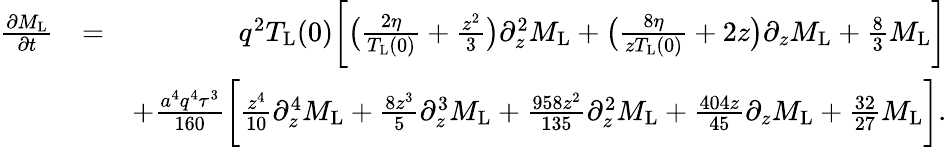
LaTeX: \begin{array}{rlr}{\frac{\partial M_{\mathrm{L}}}{\partial t}}&{=}&{q^{2}T_{\mathrm{L}}(0)\bigg[\bigl(\frac{2\eta}{T_{\mathrm{L}}(0)}+\frac{z^{2}}{3}\bigl)\partial_{z}^{2}M_{\mathrm{L}}+\bigl(\frac{8\eta}{zT_{\mathrm{L}}(0)}+2z\bigl)\partial_{z}M_{\mathrm{L}}+\frac{8}{3}M_{\mathrm{L}}\bigg]}\\ &{}&{+\frac{a^{4}q^{4}\tau^{3}}{160}\bigg[\frac{z^{4}}{10}\partial_{z}^{4}M_{\mathrm{L}}+\frac{8z^{3}}{5}\partial_{z}^{3}M_{\mathrm{L}}+\frac{958z^{2}}{135}\partial_{z}^{2}M_{\mathrm{L}}+\frac{404z}{45}\partial_{z}M_{\mathrm{L}}+\frac{32}{27}M_{\mathrm{L}}\bigg].}\end{array}